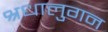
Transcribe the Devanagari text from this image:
श्रधालुगन